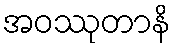
အဝဿုတာနိ